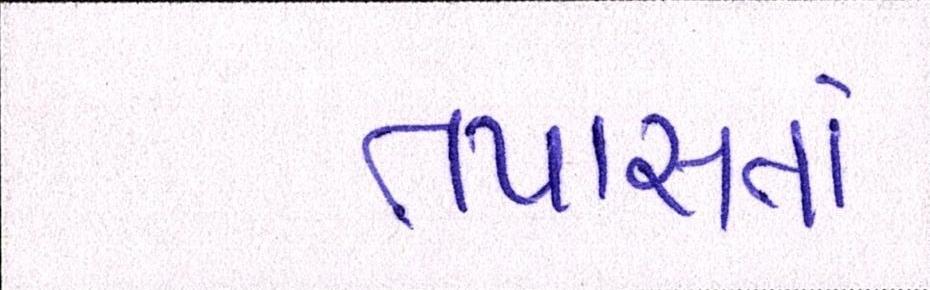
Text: તપાસતાં